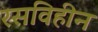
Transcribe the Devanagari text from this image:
रसविहीन